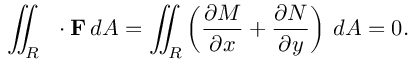
\iint _ { R } \, \mathbf { \nabla } \cdot \mathbf { F } \, d A = \iint _ { R } \left( { \frac { \partial M } { \partial x } } + { \frac { \partial N } { \partial y } } \right) \, d A = 0 .